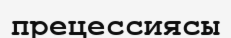
прецессиясы